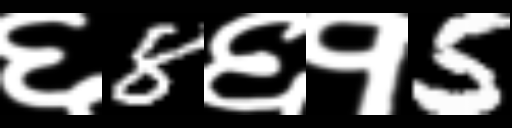
Text: ६8६१5